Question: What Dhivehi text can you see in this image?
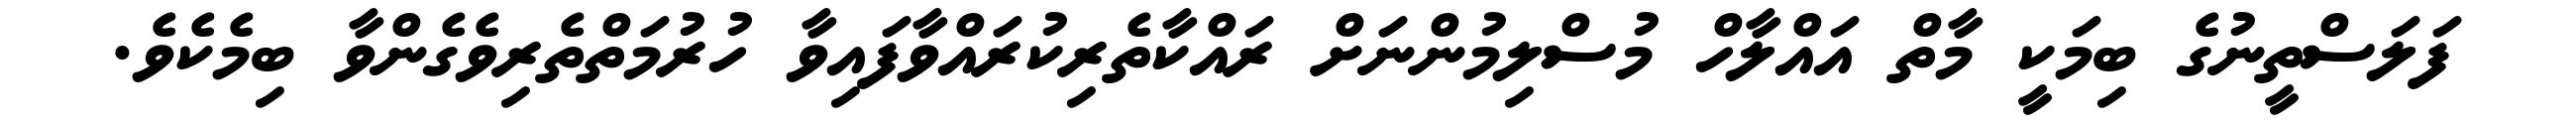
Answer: ފަލަސްތީނުގެ ބިމަކީ މާތް އައްލާހް މުސްލިމުންނަށް ރައްކާތެރިކުރައްވާފައިވާ ހުރުމަތްތެރިވެގެންވާ ބިމެކެވެ.